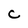
Character: C